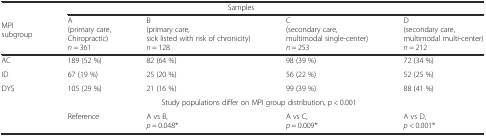
<table><thead><tr><td rowspan="2"><b>MPI subgroup</b></td><td colspan="4"><b>Samples</b></td></tr><tr><td><b>A (primary care, Chiropractic) <i>n</i> = 361</b></td><td><b>B (primary care, sick listed with risk of chronicity) <i>n</i> = 128</b></td><td><b>C (secondary care, multimodal single-center) <i>n</i> = 253</b></td><td><b>D (secondary care, multimodal multi-center) <i>n</i> = 212</b></td></tr></thead><tbody><tr><td>AC</td><td>189 (52 %)</td><td>82 (64 %)</td><td>98 (39 %)</td><td>72 (34 %)</td></tr><tr><td>ID</td><td>67 (19 %)</td><td>25 (20 %)</td><td>56 (22 %)</td><td>52 (25 %)</td></tr><tr><td>DYS</td><td>105 (29 %)</td><td>21 (16 %)</td><td>99 (39 %)</td><td>88 (41 %)</td></tr><tr><td colspan="5">Study populations differ on MPI group distribution, p &lt; 0.001</td></tr><tr><td></td><td>Reference</td><td>A vs B, <i>p</i> = 0.048*</td><td>A vs C, <i>p</i> = 0.009*</td><td>A vs D, <i>p</i> &lt; 0.001*</td></tr></tbody></table>